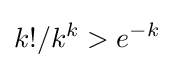
k!/k^{k}>e^{-k}